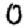
Digit: 0